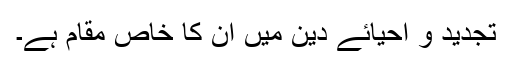
تجدید و احیائے دین میں ان کا خاص مقام ہے۔